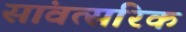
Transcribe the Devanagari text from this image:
सांवत्सरिक